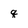
Character: q